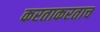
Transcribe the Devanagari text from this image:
करताकरताच